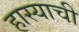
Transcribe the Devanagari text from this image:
हास्याची